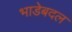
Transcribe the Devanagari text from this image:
भाडेबदल